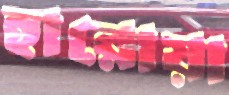
হারোয়া